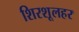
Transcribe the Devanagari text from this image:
शिरशूलहर